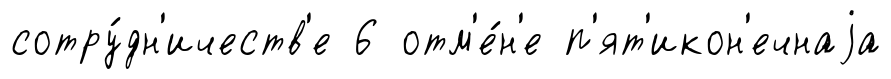
сотру́дн'ичеств'е 6 отм'е́н'е п'ят'икон'ечнаjа